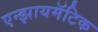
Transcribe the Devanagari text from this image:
एन्झायमॅटिक